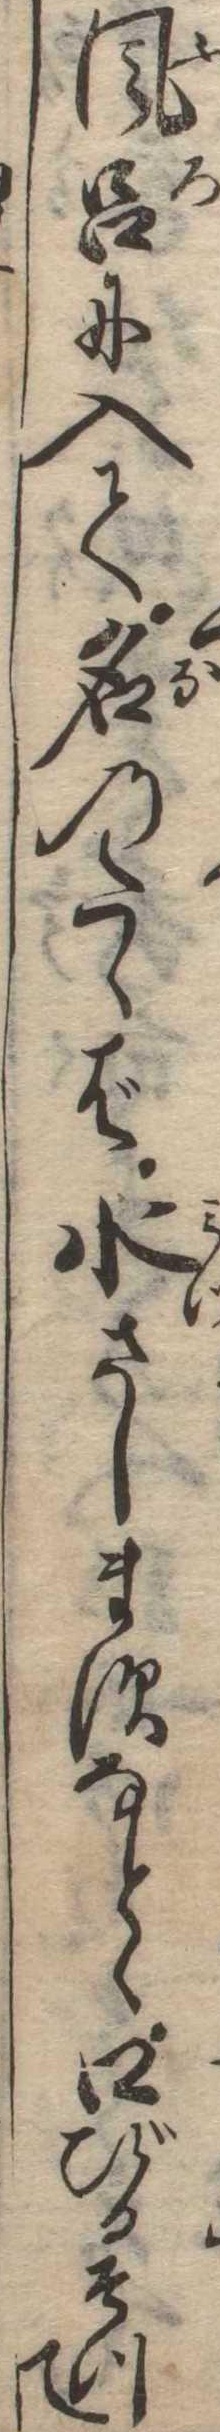
風呂に入て名のたゝば水さしますなとゝ口びるそつて